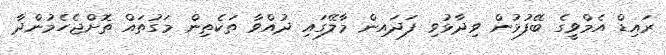
ރައިޑް އެމްވީގެ ބޭފުޅުން ވިދާޅުވި ފަދައިން މާލޭގައި ދުއްވާ ތަކެތިން މަގުތައް ތޮށްޖެހެމުންދާ